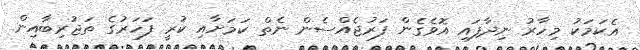
އެކަމަކު މިހާރު ނިދާފައި އޮވެގެން ފަރުޖެއްސެން ނެތް ކަމަށާއި ކުރީ ފަހަރުގެ ތަޖުރިބާއިން